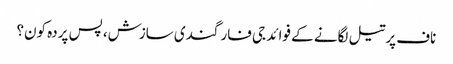
ناف پرتیل لگانے کے فوائد	جی فار گندی سازش، پس پردہ کون؟